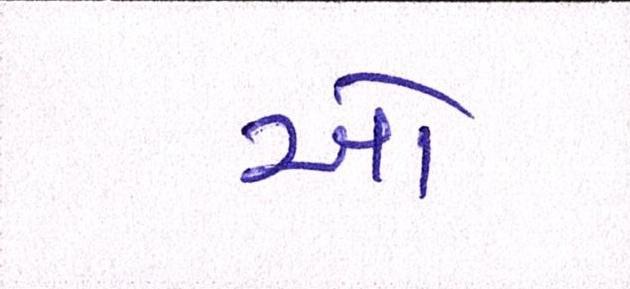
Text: ઓ